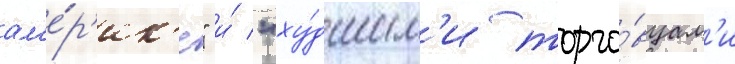
ам'е́р'ик'е" и́ "ху́дшим'и торго́вцам'и